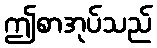
ဤစာအုပ်သည်